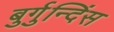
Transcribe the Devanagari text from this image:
बुर्गुन्दिंस